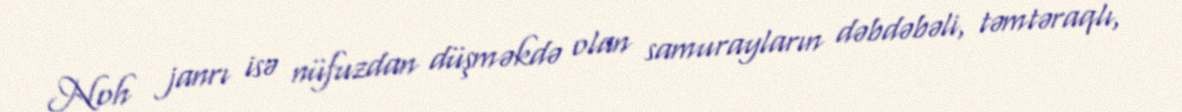
Noh janrı isə nüfuzdan düşməkdə olan samurayların dəbdəbəli, təmtəraqlı,